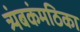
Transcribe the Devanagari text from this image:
त्र्यंबकंमठिका